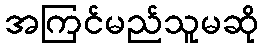
အကြင်မည်သူမဆို